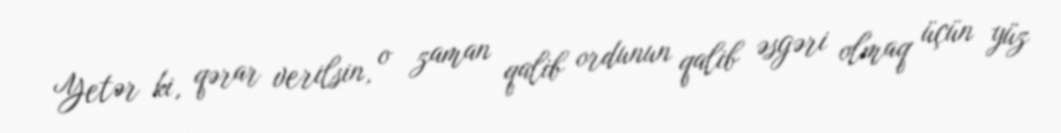
Yetər ki, qərar verilsin, o zaman qalib ordunun qalib əsgəri olmaq üçün yüz